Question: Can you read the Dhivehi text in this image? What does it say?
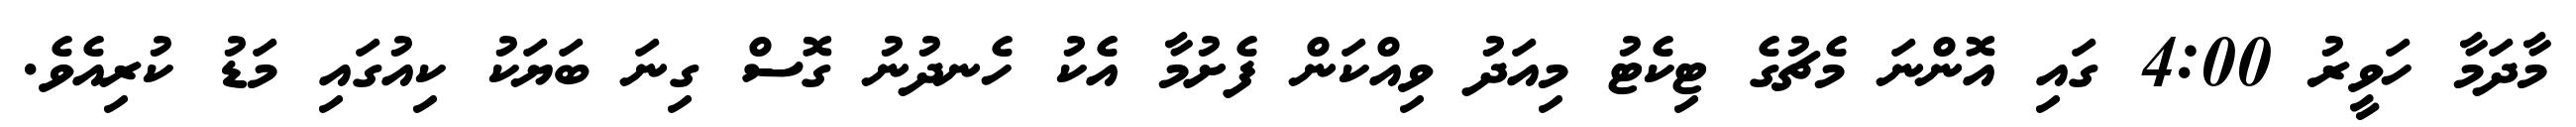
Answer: މާދަމާ ހަވީރު 4:00 ގައި އޮންނަ މެޗުގެ ޓިކެޓު މިއަދު ވިއްކަން ފެށުމާ އެކު ހެނދުނު ގޮސް ގިނަ ބަޔަކު ކިއުގައި މަޑު ކުރިއެވެ.